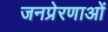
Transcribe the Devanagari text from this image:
जनप्रेरणाओं